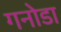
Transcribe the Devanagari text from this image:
गनोडा